First report of the anti-malarial operations at Mian Mir, 1901-1903 - Number 6
Year: 1901
Disease focus: Malaria
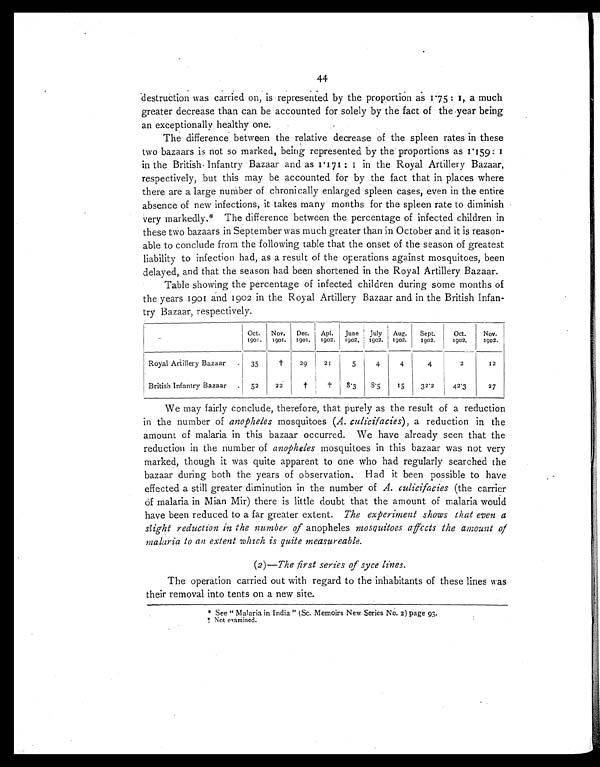
44
destruction was carried on, is represented by the proportion as 1.75: 1, a much
greater decrease than can be accounted for solely by the fact of the year being
an exceptionally healthy one.
The difference between the relative decrease of the spleen rates in theses
two bazaars is not so marked, being represented by the proportions as 1.159: 1
in the British Infantry Bazaar and as 1.171 : 1 in the Royal Artillery Bazaar,
respectively, but this may be accounted for by the fact that in places where
there are a large number of chronically enlarged spleen cases, even in the entire
absence of new infections, it takes many months for the spleen rate to diminish
very markedly.* The difference between the percentage of infected children in
these two bazaars in September was much greater than in October and it is reason
able to conclude from the following table that the onset of the season of greatest
liability to infection had, as a result of the operations against mosquitoes, been
delayed, and that the season had been shortened in the Royal Artillery Bazaar.
Table showing the percentage of infected children during some months o
f the years 1901 and 1902 in the Royal Artillery Bazaar and in the British Infan
try Bazaar, respectively.
Oct.
1901.
Nov.
1901.
Dec.
1901.
Apl.
1902.
June
1902.
July
1902.
Aug.
1902.
Sept.
1902.
Oct.
1902.
Nov.
1902.
Royal Artillery Bazaar
35
†
29
21
5
4
4
4
2
12
British Infantry Bazaar
52
22
†
†
8.3
8 . 5
15
32.2
4 2 . 3
27
We may fairly conclude, therefore, that purely as the result of a reduction
in the number of anopheles mosquitoes ( A. culicifacies ), a reduction in the
amount of malaria in this bazaar occurred. We have already seen that the
reduction in the number of anopheles mosquitoes in this bazaar was not very
marked, though it was quite apparent to one who had regularly searched the
bazaar during both the years of observation. Had it been possible to have
effected a still greater diminution in the number of A. culicifacies (the carrier
of malaria in Mian Mir) there is little doubt that the amount of malaria would
have been reduced to a far greater extent. The experiment shows that even a
slight reduction in the number of anopheles mosquitoes affects the amount of
malaria to an extent which is quite measureable.
(2)—The first series of syce lines.
The operation carried out with regard to the inhabitants of these lines was
their removal into tents on a new site.
* See " Malaria in India" (Sc. Memoirs New Series No. 2) page 93.
† N o t e x a m i n e d .